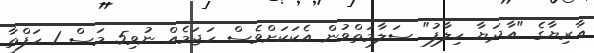
އާރިޔާގެ "އާދަޔާ ހިލާފު" ސަލާމަތްވުން އެކަކަށްވެސް ހަޖަމެއް ނުވި5 މަސް 1 ހަފްތާ